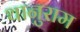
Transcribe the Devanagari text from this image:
थानुराम